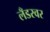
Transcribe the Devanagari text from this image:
लँडरवर